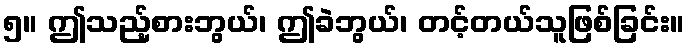
၅။ ဤသည့်စားဘွယ်၊ ဤခဲဘွယ်၊ တင့်တယ်သူဖြစ်ခြင်း။